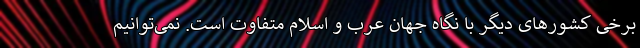
برخی کشورهای دیگر با نگاه جهان عرب و اسلام متفاوت است. نمی‌توانیم